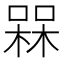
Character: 槑